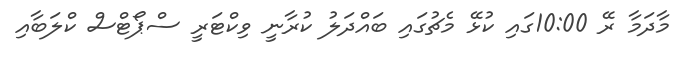
މާދަމާ ރޭ 10:00ގައި ކުޅޭ މެޗުގައި ބައްދަލު ކުރާނީ ވިކްޓަރީ ސްޕޯޓްސް ކްލަބާއި